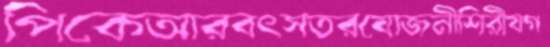
পিকেআরবৎসতরযোজনীশিরীষগ